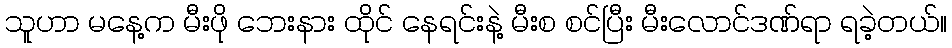
သူဟာ မနေ့က မီးဖို ဘေးနား ထိုင် နေရင်းနဲ့ မီးစ စင်ပြီး မီးလောင်ဒဏ်ရာ ရခဲ့တယ်။